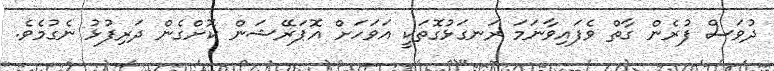
ދުވަސް ފުރެން ގާތް ވެފައިވާނަމަ ރަނގަޅުގޮތަކީ އަވަހަށް އޮޕަރޭޝަން ކޮށްގެން ދަރިފުޅު ނެގުމެވެ.